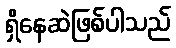
ရှိနေဆဲဖြစ်ပါသည်